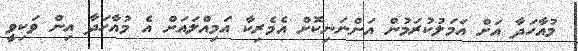
މުއާހަދާ އަށް އަމަލުކުރަމުން އަންނަނިކޮށް އެމެރިކާ އަމިއްލައަށް އެ މުއާހަދާ އިން ވަކިވީ